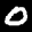
Label: 0